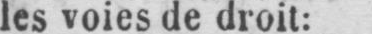
les voies de droit: